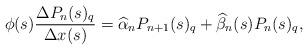
LaTeX: \begin{align*}\phi(s)\frac{\Delta P_n(s)_q}{\Delta x(s)}=\widehat{\alpha}_n P_{n+1}(s)_q+\widehat{\beta}_n(s)P_n(s)_q,\end{align*}